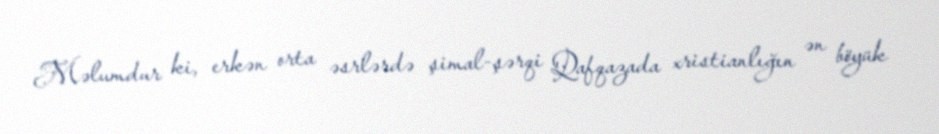
Məlumdur ki, erkən orta əsrlərdə şimal-şərqi Qafqazada xristianlığın ən böyük